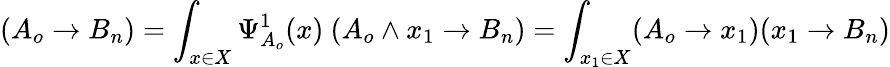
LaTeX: (A_{o}\rightarrow B_{n})=\int_{x\in X}\Psi_{A_{o}}^{1}(x)\ (A_{o}\wedge x_{1}\rightarrow B_{n})=\int_{x_{1}\in X}(A_{o}\rightarrow x_{1})(x_{1}\rightarrow B_{n})